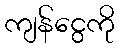
ကျန်ငွေကို